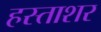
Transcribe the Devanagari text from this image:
हस्ताशर